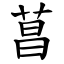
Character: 菖